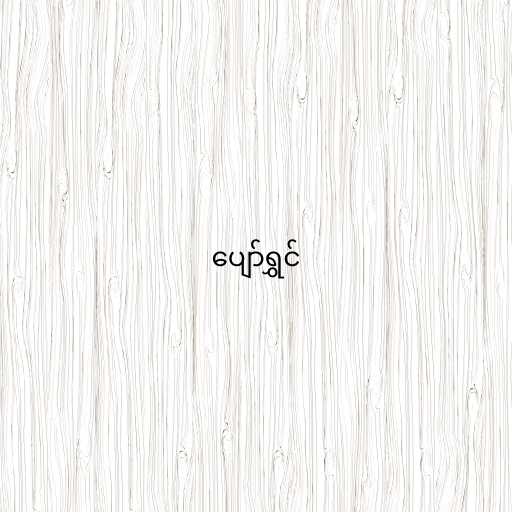
ပျော်ရွှင်